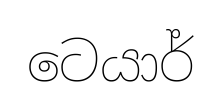
ටෙයාර්